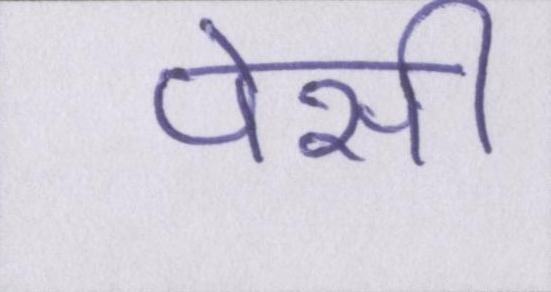
पेसी